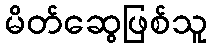
မိတ်ဆွေဖြစ်သူ